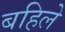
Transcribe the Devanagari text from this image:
बहिले